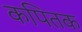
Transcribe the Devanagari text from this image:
कपितक